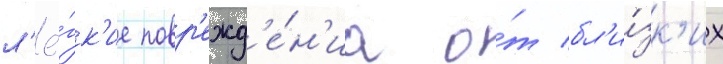
л'ё́гк'ие повр'ежд'е́н'иа о́т бл'и́зк'их